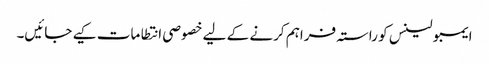
ایمبولینس کو راستہ فراہم کرنے کے لیے خصوصی انتطامات کیے جائیں۔